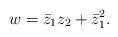
LaTeX: \begin{align*}w = \bar{z}_1z_2 + \bar{z}_1^2 .\end{align*}